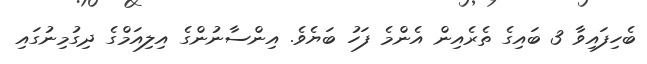
ބެހިފައިވާ 3 ބައިގެ ތެރެއިން އެންމެ ފަހު ބަޔެވެ. އިންސާނުންގެ އިލިއަމްގެ ދިގުމިނުގައި